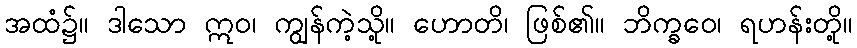
အထံ၌။ ဒါသော ဣဝ၊ ကျွန်ကဲ့သို့။ ဟောတိ၊ ဖြစ်၏။ ဘိက္ခဝေ၊ ရဟန်းတို့။